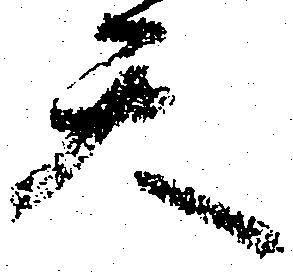
天